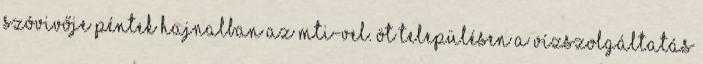
szóvivője péntek hajnalban az MTI-vel. Öt településen a vízszolgáltatás